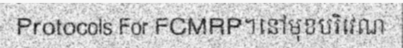
Protocols For FCMRP។នៅមុខបរិវេណ